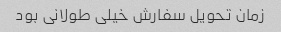
زمان تحویل سفارش خیلی طولانی بود